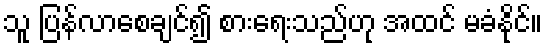
သူ ပြန်လာစေချင်၍ စားရေးသည်ဟု အထင် မခံနိုင်။